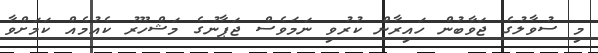
މި ސުވާލުގެ ޖަވާބުން ހައިރާން ކުރުވި ނަމަވެސް ޖަޕާނުގެ މަޝްހޫރު ކެއުމެއް ކަމަށްވާ